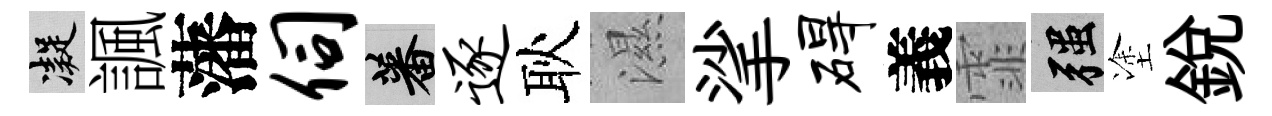
凝諷藩伺蕃逐耿濕挲碍義霏强塗銳